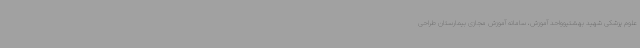
علوم پزشکی شهید بهشتیوواحد آموزش، سامانه آموزش مجازی بیمارستان طراحی